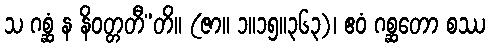
သ ဂစ္ဆံ န နိဝတ္တတီ”တိ။ (ဇာ။ ၁။၁၅။၃၆၃)၊ ဧဝံ ဂစ္ဆတော စဿ